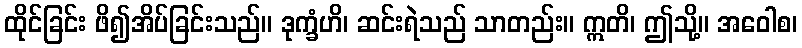
ထိုင်ခြင်း ဖိ၍အိပ်ခြင်းသည်။ ဒုက္ခံဟိ၊ ဆင်းရဲသည် သာတည်း။ ဣတိ၊ ဤသို့။ အဝေါစ၊